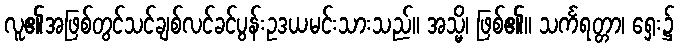
လူ၏အဖြစ်တွင်သင်ချစ်လင်ခင်ပွန်းဥဒယမင်းသားသည်။ အသ္မိ၊ ဖြစ်၏။ သင်္ကရတ္တာ၊ ရှေး၌